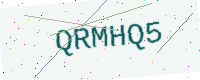
Text: QRMHQ5